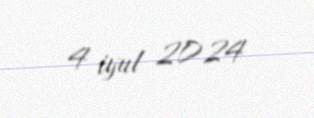
4 iyul 2024